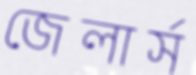
জেলার্স